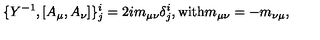
\{ Y ^ { - 1 } , [ A _ { \mu } , A _ { \nu } ] \} _ { j } ^ { i } = 2 i m _ { \mu \nu } \delta _ { j } ^ { i } , \mathrm { w i t h } m _ { \mu \nu } = - m _ { \nu \mu } ,